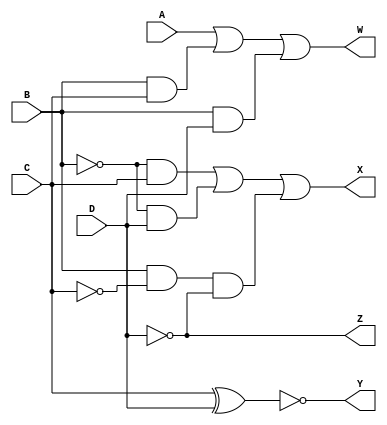
module BCD2Ex3(A,B,C,D,W,X,Y,Z);
	input A,B,C,D;
	output W,X,Y,Z;
	assign W = A | (B&C) | (B&D);                                                   
	assign X = (~B&C) | (~B & D) | (B & ~C & ~D);
	assign Y = ~( C ^ D);
	assign Z = ~D;
endmodule
module test;
	wire W, X,Y,Z;
	reg A,B,C,D;
	BCD2Ex3  object(A,B,C,D,W,X,Y,Z);
	initial begin
		$dumpfile("bcd.vcd");
		$dumpvars(0,test);
		$display (" A  B  C  D |  W  X  Y  Z");
		$monitor(" ",A, "  ",B, "  ",C, "  ",D,  " | ", W, "  ",X, "  ",Y, "  ",Z);
		A = 0;  
		B = 0;
		C = 0;
		D = 0;
		#5  A = 0;  B = 0;  C = 0;  D = 0;
		#5  A = 0;  B = 0;  C = 0;  D = 1;
		#5  A = 0;  B = 0;  C = 1;  D = 0;
		#5  A = 0;  B = 0;  C = 1;  D = 1;
		#5  A = 0;  B = 1;  C = 0;  D = 0;
		#5  A = 0;  B = 1;  C = 0;  D = 1;
		#5  A = 0;  B = 1;  C = 1;  D = 0;
		#5  A = 0;  B = 1;  C = 1;  D = 1;
		#5  A = 1;  B = 0;  C = 0;  D = 0;
		#5  A = 1;  B = 0;  C = 0;  D = 1;
	end
endmodule